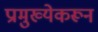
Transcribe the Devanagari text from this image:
प्रामुख्येकरून